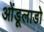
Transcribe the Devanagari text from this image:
ओंडूलाडो